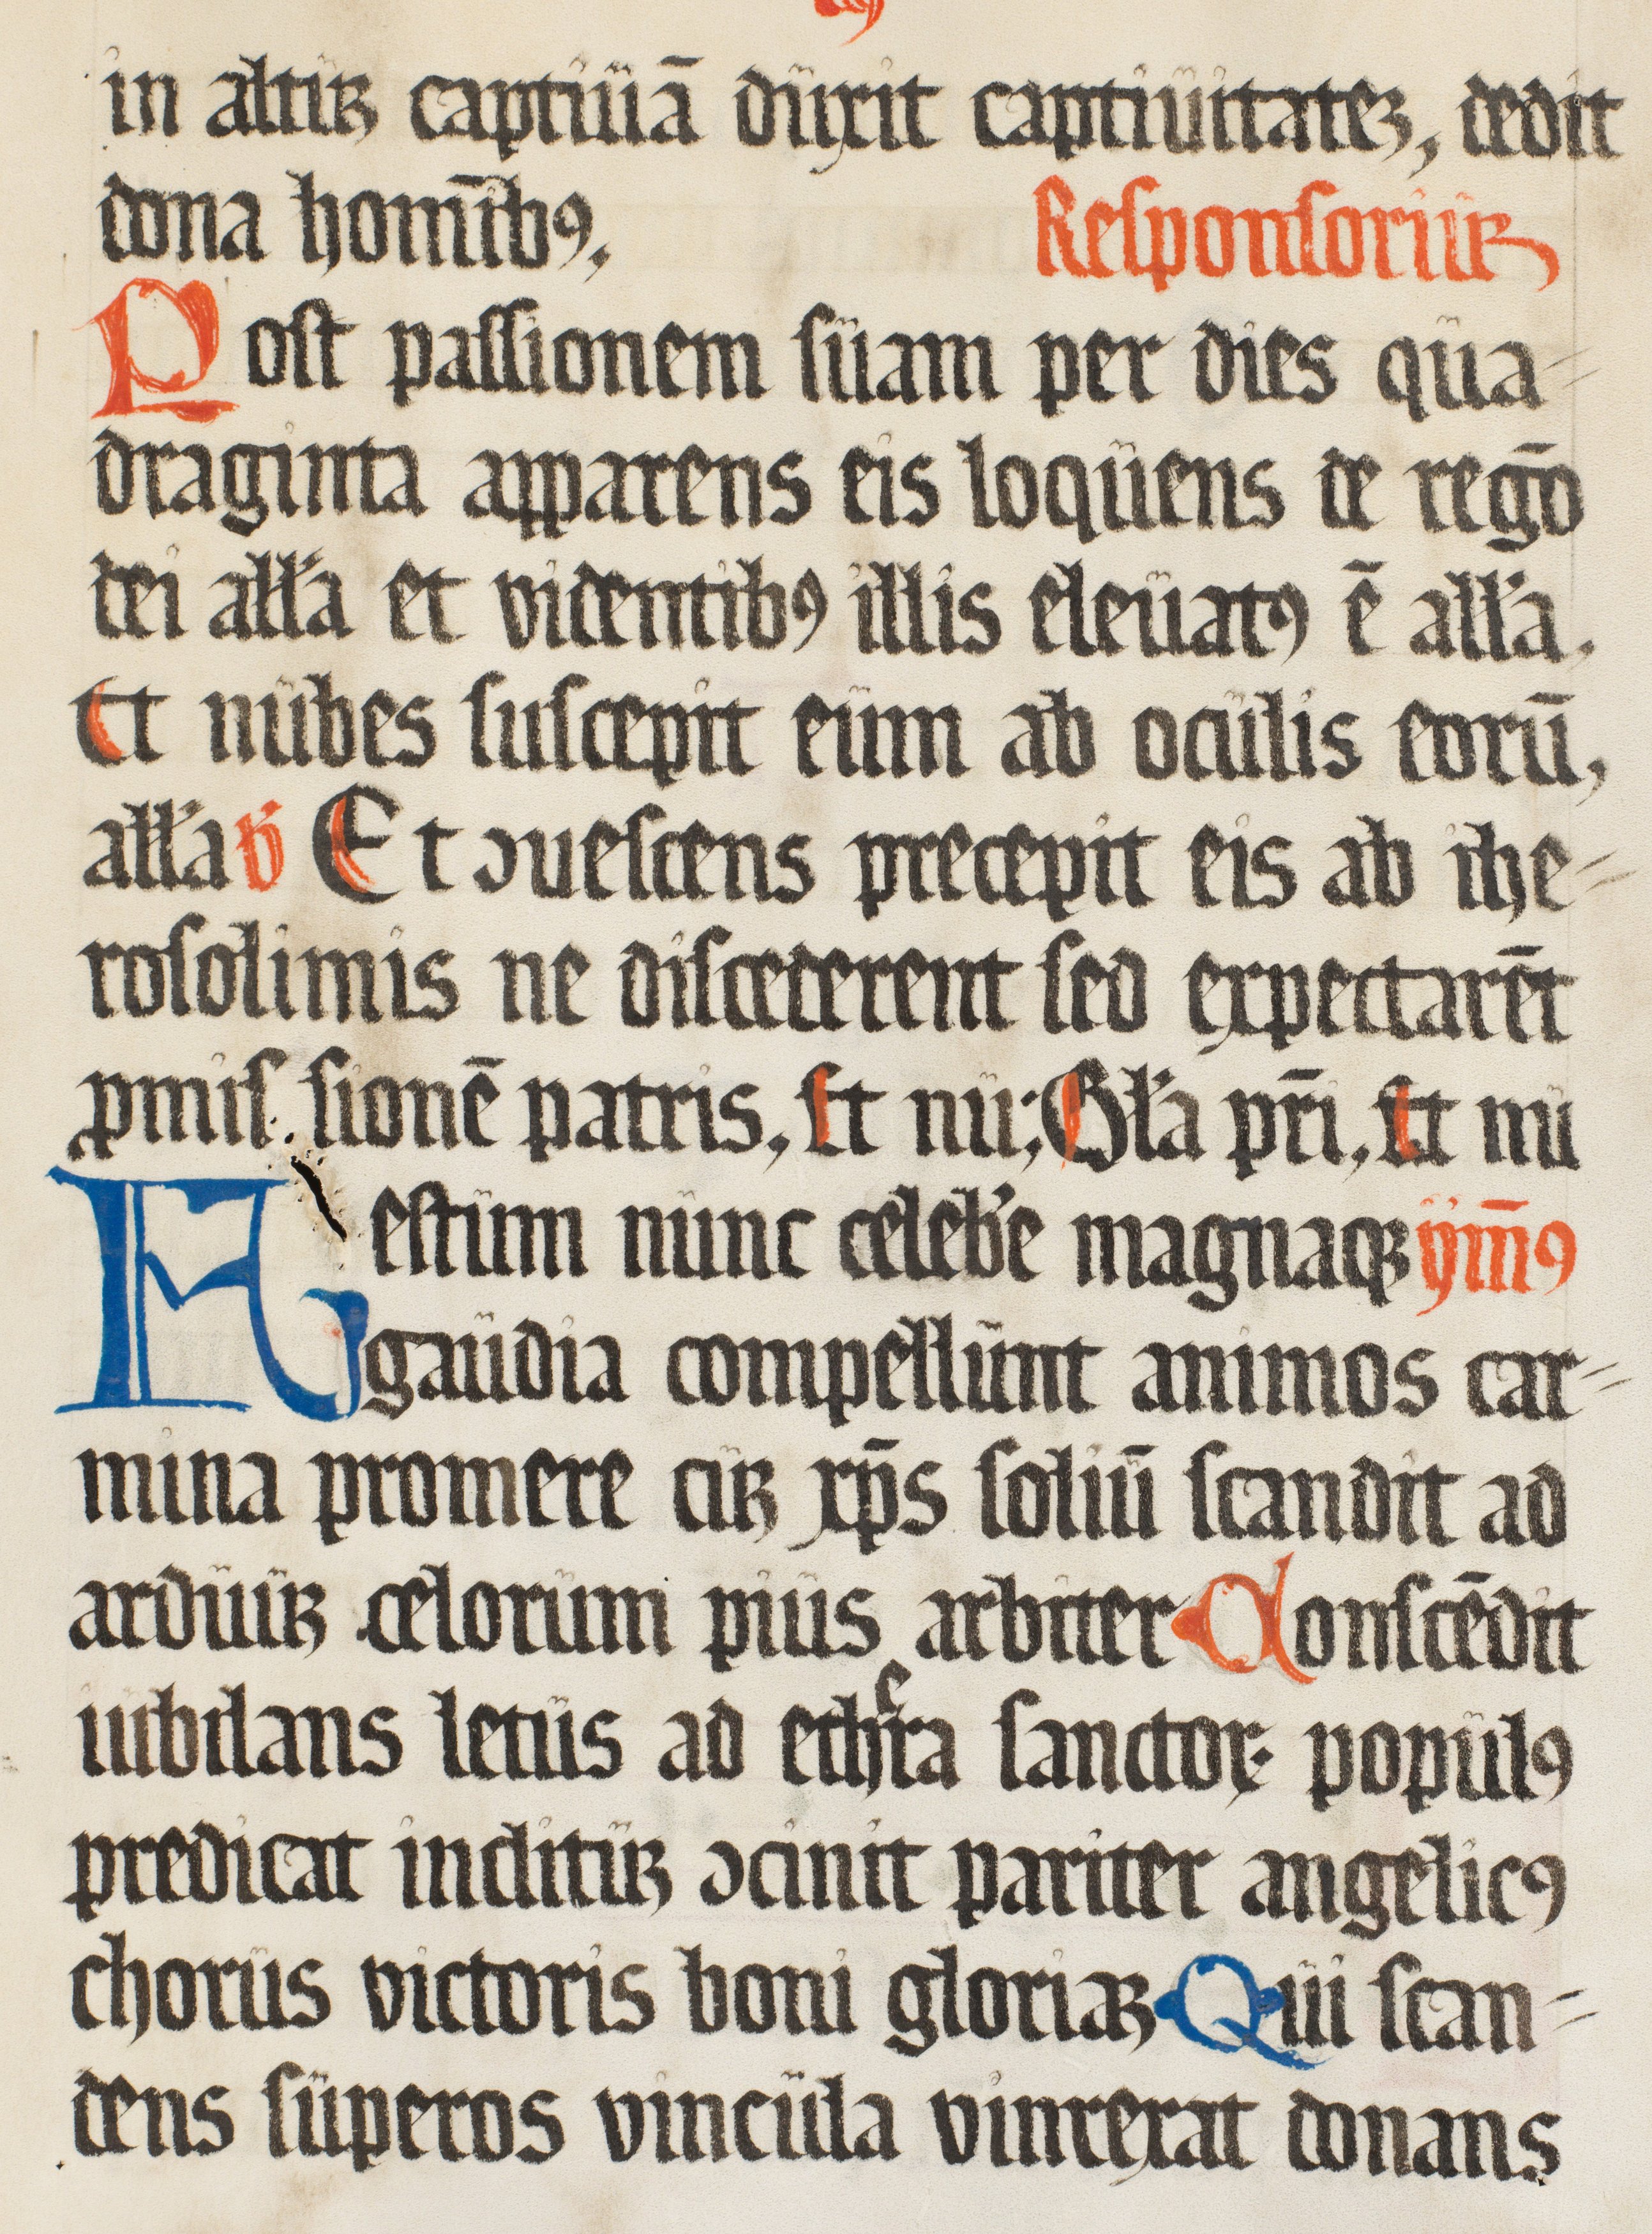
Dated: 1500–1599